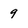
Character: 9